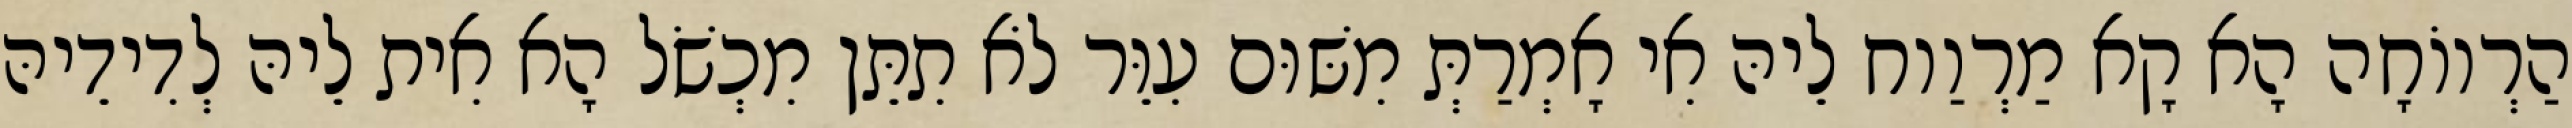
הַרְווֹחָה הָא קָא מַרְוַוח לֵיהּ אִי אָמְרַתְּ מִשּׁוּם עִוֵּר לֹא תִתֵּן מִכְשֹׁל הָא אִית לֵיהּ לְדִידֵיהּ